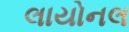
લાયોનલ